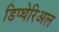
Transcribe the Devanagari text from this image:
डिप्थेरिअल